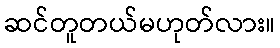
ဆင်တူတယ်မဟုတ်လား။